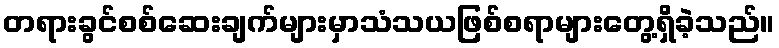
တရားခွင်စစ်ဆေးချက်များမှာသံသယဖြစ်စရာများတွေ့ရှိခဲ့သည်။